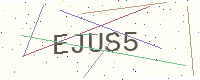
Text: EJUS5